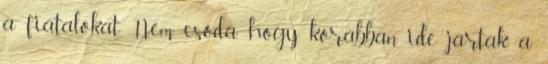
a fiatalokat. Nem csoda, hogy korábban ide jártak a